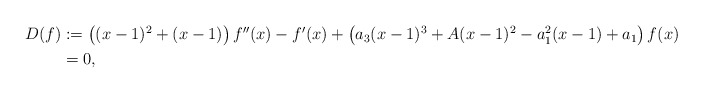
\begin{align*}\begin{aligned}D(f)&:=\left((x-1)^2+(x-1)\right)f''(x)-f'(x)+\left(a_3(x-1)^3+A(x-1)^2-a_1^2(x-1)+a_1\right)f(x)\\&=0,\end{aligned}\end{align*}